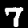
Digit: 7